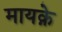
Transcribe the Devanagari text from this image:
मायक़े